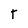
Character: T